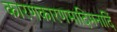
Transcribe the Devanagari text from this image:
कारणकारणमादिमनादिं